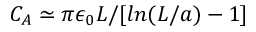
C _ { A } \simeq \pi \epsilon _ { 0 } L / [ l n ( L / a ) - 1 ]